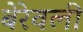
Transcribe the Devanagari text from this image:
बेरेवली